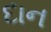
દાન